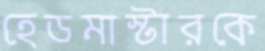
হেডমাস্টারকে